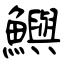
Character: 鱮